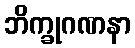
ဘိက္ခုဂဏနာ